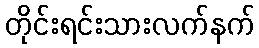
တိုင်းရင်းသားလက်နက်